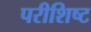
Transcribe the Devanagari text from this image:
परीशिष्ट